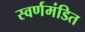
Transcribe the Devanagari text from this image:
स्वर्णमंडित